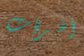
أخريات